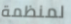
لمنظمة